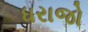
ધરાજો